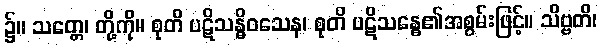
၌။ သတ္တေ၊ တို့ကို။ စုတိ ပဋိသန္ဓိဝသေန၊ စုတိ ပဋိသန္ဓေ၏အစွမ်းဖြင့်။ သိဗ္ဗတိ၊